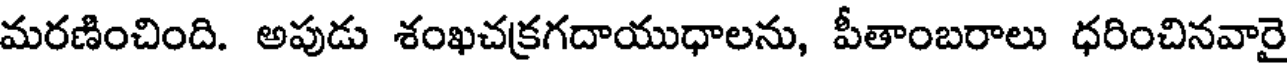
మరణించింది. అపుడు శంఖచక్రగదాయుధాలను, పీతాంబరాలు ధరించినవారై